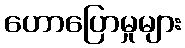
ဟောပြောမှုများ